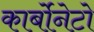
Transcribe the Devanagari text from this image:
कार्बोनेटो